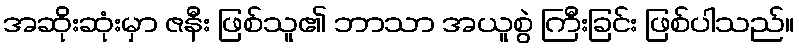
အဆိုးဆုံးမှာ ဇနီး ဖြစ်သူ၏ ဘာသာ အယူစွဲ ကြီးခြင်း ဖြစ်ပါသည်။